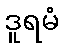
ဒူရမံ